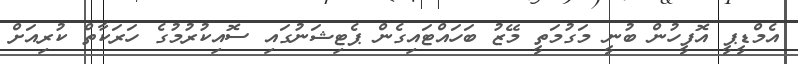
އެމްޑީޕީ އޮފީހުން ބުނީ މަގުމަތީ މޭޒު ބަހައްޓައިގެން ޕެޓިޝަނުގައި ސޮއިކުރުމުގެ ހަރަކާތް ކުރިއަށް